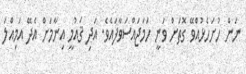
ނަން ހުށަހެޅުއްވޭ ގޮތަށް ވަނީ ހަމަޖައްސަވާފައެވެ. އަދި ޤައުމީ އިނާމަށް އެދޭ އަމިއްލަ